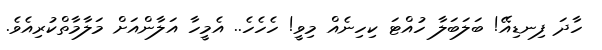
ހާދަ ފިނޑިއޭ! ބަލަބަލާ ހުއްޓަ ކިހިނެއް މިވީ! ހެހެހެ.. އެމީހާ އަލާންއަށް މަލާމާތްކުރިއެވެ.